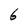
Character: 6